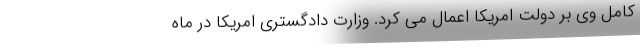
کامل وی بر دولت امریکا اعمال می کرد. وزارت دادگستری امریکا در ماه